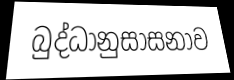
බුද්ධානුසාසනාව